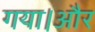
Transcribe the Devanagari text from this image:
गया।और